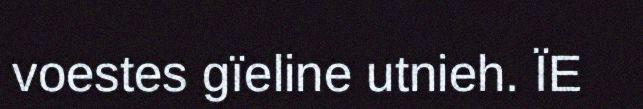
voestes gïeline utnieh. ÏE